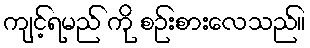
ကျင့်ရမည် ကို စဉ်းစားလေသည်။